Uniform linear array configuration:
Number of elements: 4
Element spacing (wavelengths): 0.25
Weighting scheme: kaiser
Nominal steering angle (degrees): -30
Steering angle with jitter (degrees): -31.716
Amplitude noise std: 0.05
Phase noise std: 0.05

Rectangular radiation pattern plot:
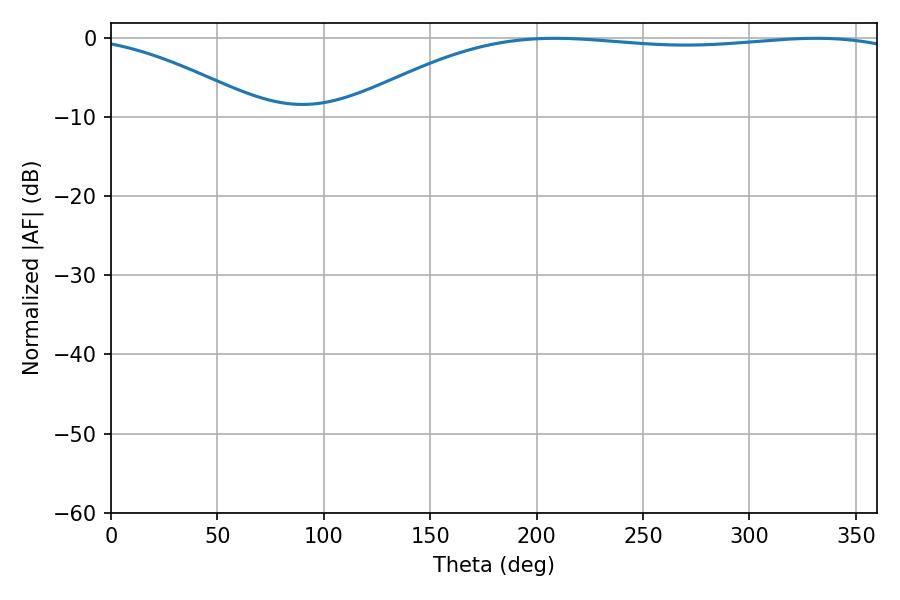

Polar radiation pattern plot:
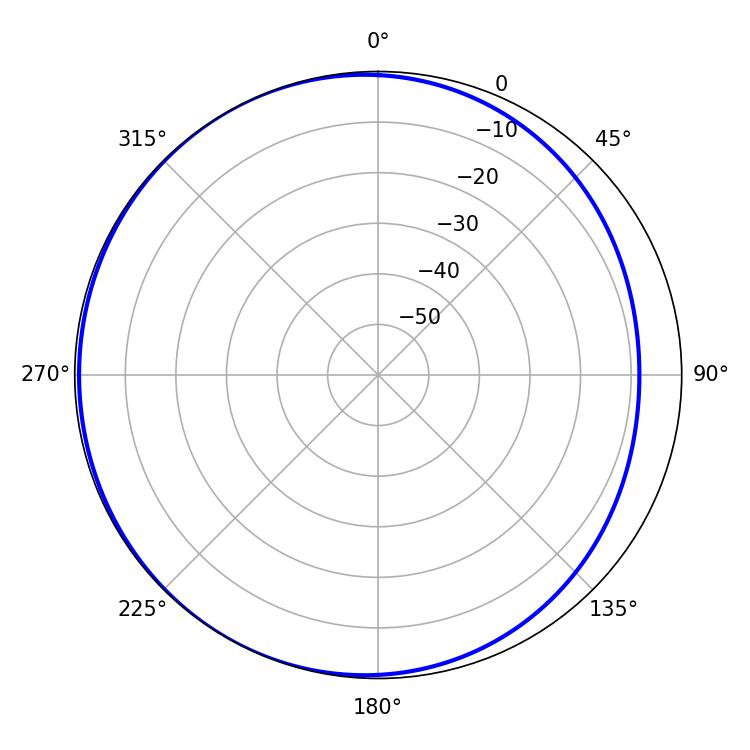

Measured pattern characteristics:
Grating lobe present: FALSE
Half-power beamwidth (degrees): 208.8
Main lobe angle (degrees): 208.62